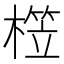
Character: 𣙫